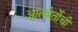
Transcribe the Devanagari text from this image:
आल्बेर्तोची